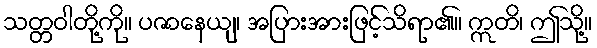
သတ္တဝါတို့ကို။ ပဇာနေယျ၊ အပြားအားဖြင့်သိရာ၏။ ဣတိ၊ ဤသို့။